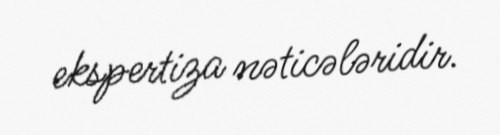
ekspertiza nəticələridir.